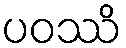
ပဝဿိ